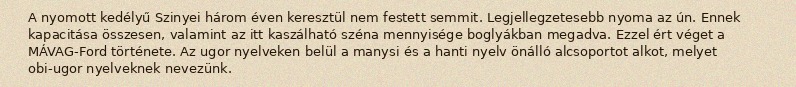
A nyomott kedélyű Szinyei három éven keresztül nem festett semmit. Legjellegzetesebb nyoma az ún. Ennek kapacitása összesen, valamint az itt kaszálható széna mennyisége boglyákban megadva. Ezzel ért véget a MÁVAG-Ford története. Az ugor nyelveken belül a manysi és a hanti nyelv önálló alcsoportot alkot, melyet obi-ugor nyelveknek nevezünk.